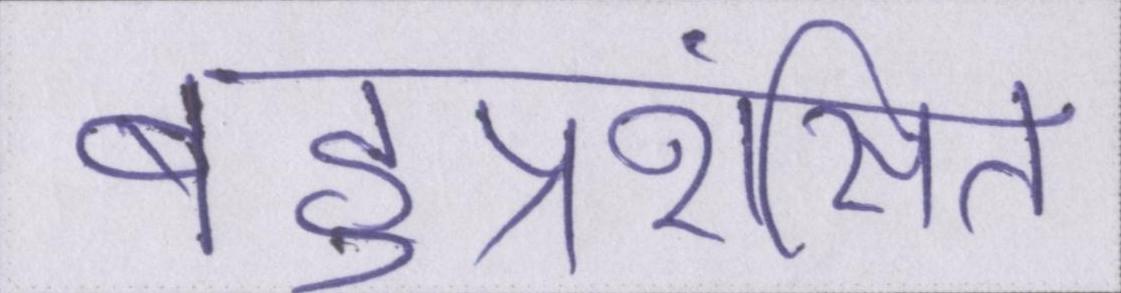
बहुप्रशंसित